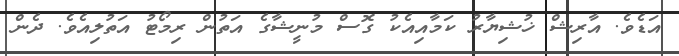
އަޑެވެ. އާރިޝް ޚުޝިޔާރު ކަމާއިއެކު ގޮސް މުނީޝާގެ އަތުން ރިމޯޓު އަތުލިއެވެ. ދެން